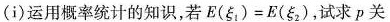
(i)运用概率统计的知识，若$$E(\xi_{1})=E(\xi_{2})$$，试求p关